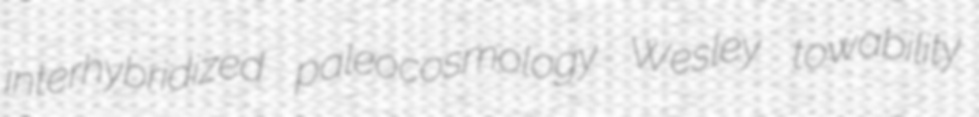
interhybridized paleocosmology Wesley towability